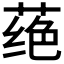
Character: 𫈵